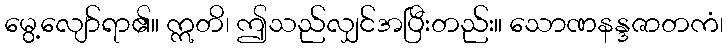
မွေ့လျော်ရာ၏။ ဣတိ၊ ဤသည်လျှင်အပြီးတည်း။ သောဏနန္ဒဇာတကံ၊